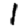
Digit: 1